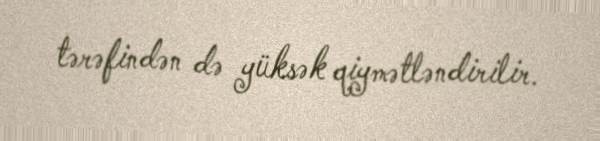
tərəfindən də yüksək qiymətləndirilir.